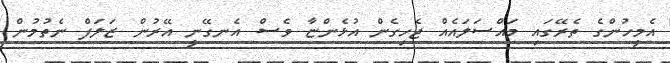
އެމީހުންގެ ތެރޭގައި މައްސަލައެއް ޖެހިގެން އުޅެންޏާ ވެސް އެނގޭނީ އޭރުން ޒަލަފް ނެތުމުން